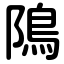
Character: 隝